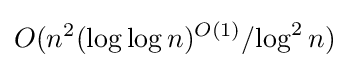
O(n^{2}(\log \log n)^{O(1)}/{\log ^{2}n})